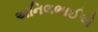
અનિલભાઈએ